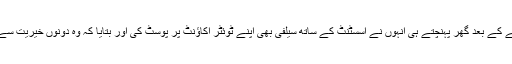
حادثے کے بعد گھر پہنچتے ہی انہوں نے اسسٹنٹ کے ساتھ سیلفی بھی اپنے ٹوئٹر اکاﺅنٹ پر پوسٹ کی اور بتایا کہ وہ دونوں خیریت سے ہیں۔